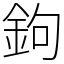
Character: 鉤